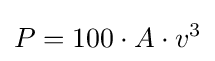
P=100\cdot A\cdot v^{3}